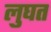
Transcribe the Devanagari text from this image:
लुघत